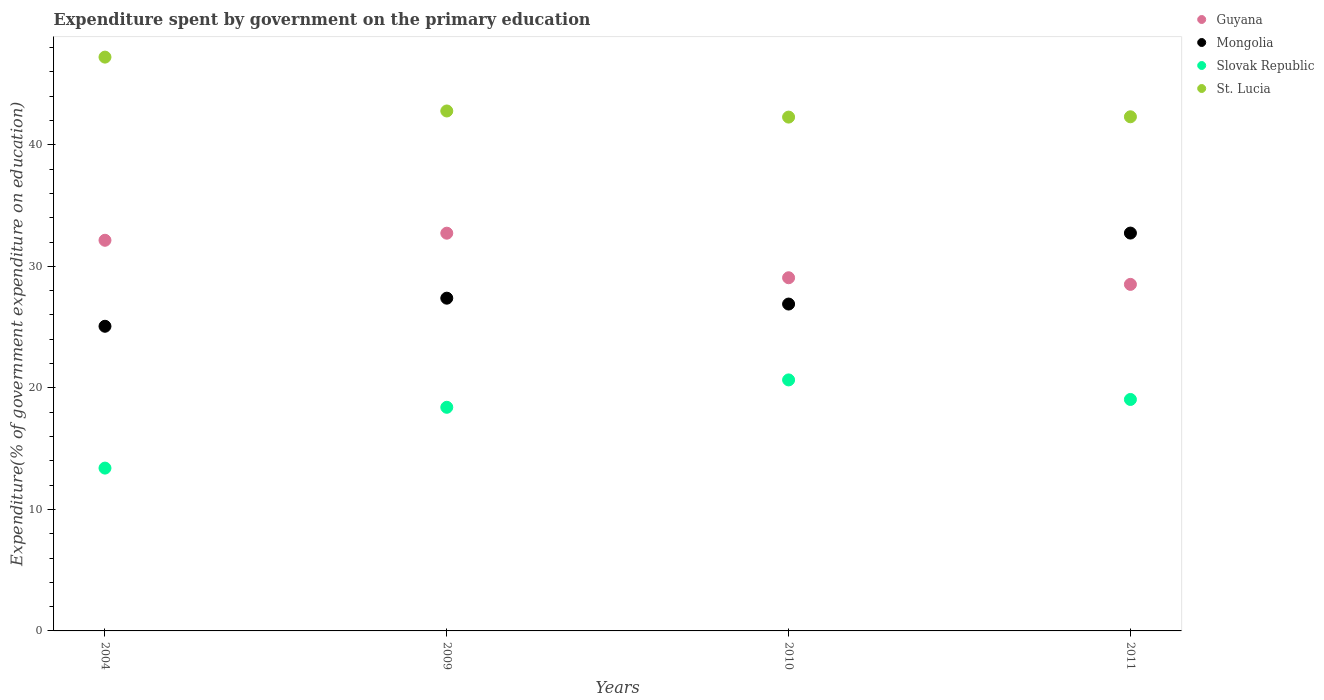
| Years | Guyana | Mongolia | Slovak Republic | St. Lucia |
 | --- | --- | --- | --- | --- |
 | 2004 | 32.1 | 25.1 | 13.4 | 47.2 |
 | 2009 | 32.7 | 27.4 | 18.4 | 42.8 |
 | 2010 | 29.1 | 26.9 | 20.7 | 42.3 |
 | 2011 | 28.5 | 32.7 | 19 | 42.3 |